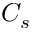
C _ { s }